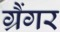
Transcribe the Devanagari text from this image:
ग्रैंगर